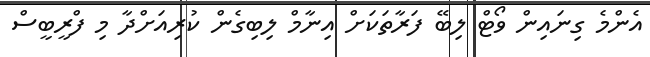
އެންމެ ގިނައިން ވޯޓް ލިބޭ ފަރާތަކަށް އިނާމް ލިބިގެން ކުރިއަށްދާ މި ފްރީބީސް